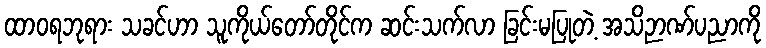
ထာဝရဘုရား သခင်ဟာ သူကိုယ်တော်တိုင်က ဆင်းသက်လာ ခြင်းမပြုတဲ့ အသိဉာဏ်ပညာကို